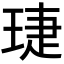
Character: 𬍫